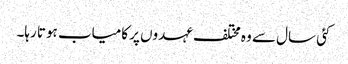
کئی سال سے وہ مختلف عہدوں پر کامیاب ہوتا رہا۔